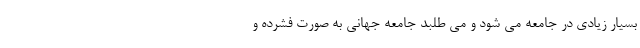
بسیار زیادی در جامعه می شود و می طلبد جامعه جهانی به صورت فشرده و